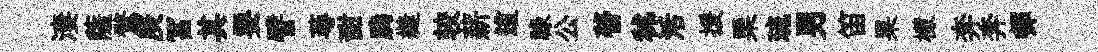
淒薩鶩庚冨其要譬蕚甜腾縫较薪這禄公瞢秫活援栗琉男笛果檬奔奔邨